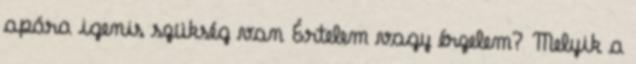
apára igenis szükség van Értelem vagy érzelem? Melyik a